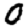
Digit: 0